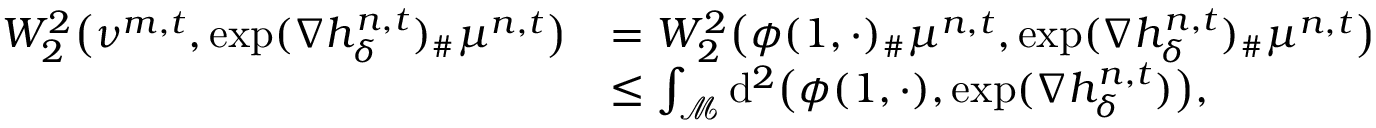
\begin{array} { r l } { W _ { 2 } ^ { 2 } \big ( \nu ^ { m , t } , \exp ( \nabla h _ { \delta } ^ { n , t } ) _ { \# } \mu ^ { n , t } \big ) } & { = W _ { 2 } ^ { 2 } \big ( \phi ( 1 , \cdot ) _ { \# } \mu ^ { n , t } , \exp ( \nabla h _ { \delta } ^ { n , t } ) _ { \# } \mu ^ { n , t } \big ) } \\ & { \leq \int _ { \mathcal { M } } \mathrm { d } ^ { 2 } \big ( \phi ( 1 , \cdot ) , \exp ( \nabla h _ { \delta } ^ { n , t } ) \big ) , } \end{array}